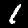
Label: 1